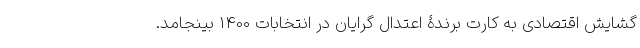
گشایش اقتصادی به کارت برندۀ اعتدال گرایان در انتخابات 1400 بینجامد.